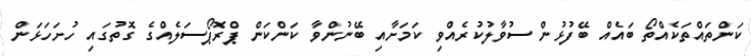
ކަންތައްތަކެއްތޯ ބައެއް ބޭފުޅުން ސުވާލުކުރެއްވި ކަމަށާއި ބޭނުންވާ ކަންކަން ޕްރޮޕޯސަލެއްގެ ގޮތުގައި ހުށަހަޅަން